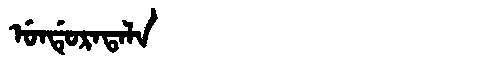
Manchu: ᡠᠨᡩᡠᡵᠠᡨᠠᠯᠠ
Romanization: UNDURATALA